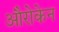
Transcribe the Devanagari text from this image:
औरोकेन